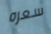
سعره